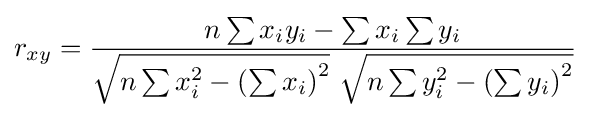
r_{xy}={\frac {n\sum x_{i}y_{i}-\sum x_{i}\sum y_{i}}{{\sqrt {n\sum x_{i}^{2}-\left(\sum x_{i}\right)^{2}}}~{\sqrt {n\sum y_{i}^{2}-\left(\sum y_{i}\right)^{2}}}}}